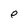
Character: e